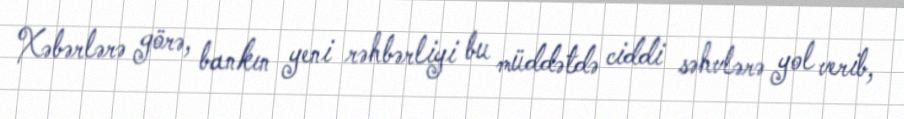
Xəbərlərə görə, bankın yeni rəhbərliyi bu müddətdə ciddi səhvlərə yol verib,